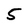
Character: 5